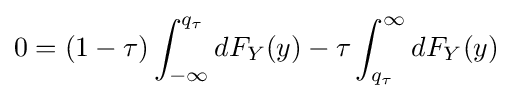
0=(1-\tau )\int _{-\infty }^{q_{\tau }}dF_{Y}(y)-\tau \int _{q_{\tau }}^{\infty }dF_{Y}(y)